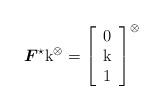
LaTeX: \begin{align*}\boldsymbol{F}^\star\mathrm{k}^\otimes=\left[ \begin{array}{c} 0 \\ \mathrm{k}\\ 1 \\ \end{array} \right]^\otimes\end{align*}